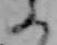
ふ